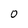
Character: 0